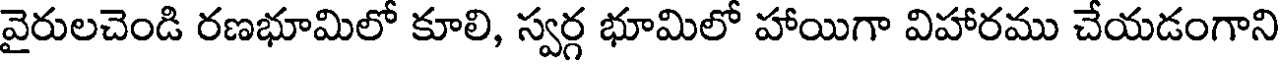
వైరులచెండి రణభూమిలో కూలి, స్వర్గ భూమిలో హాయిగా విహారము చేయడంగాని